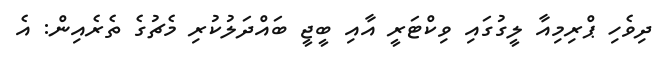
ދިވެހި ޕްރިމިއާ ލީގުގައި ވިކްޓަރީ އާއި ބީޖީ ބައްދަލުކުރި މެޗުގެ ތެރެއިން: އެ